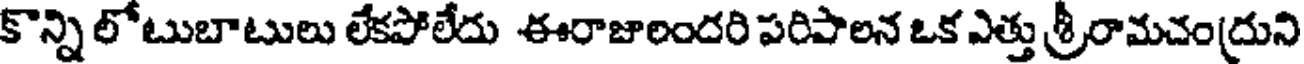
కొన్ని లోటుబాటులు లేకపోలేదు ఈరాజాలందరి పరిపాలన ఒక ఎత్తు శ్రీరామచంద్రుని